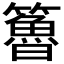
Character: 𥶇